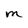
Character: m